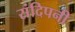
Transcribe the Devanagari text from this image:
संदिपनी